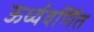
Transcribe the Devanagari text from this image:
ऊर्ध्ववर्णित